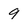
Character: 9